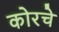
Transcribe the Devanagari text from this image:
कोरचे